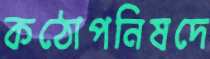
কঠোপনিষদে